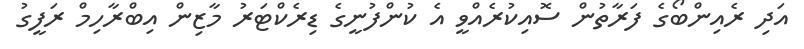
އަދި ރެއިންބޯގެ ފަރާތުން ސޮއިކުރެއްވީ އެ ކުންފުނީގެ ޑިރެކްޓަރު މާޒިން އިބްރާހިމް ރަފީގު